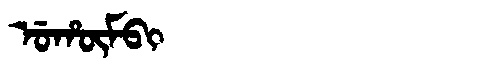
Manchu: ᡠᡥᡡᠮᠪᡳ
Romanization: UHŪMBI